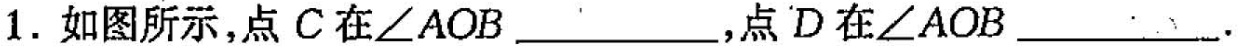
1.如图所示，点C在∠AOB___，点D在∠AOB___.